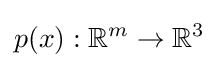
p(x):\mathbb {R} ^{m}\rightarrow \mathbb {R} ^{3}